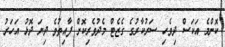
ކޮންމެ އަކަސް ދިވެހި ސަރުކާރުގެ ގެޒެޓް މެދުވެރިކޮށް ފާއިތުވެ ދިޔަ ދޮޅު އަހަރު